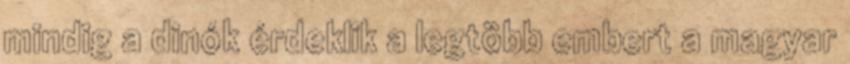
mindig a dinók érdeklik a legtöbb embert a magyar